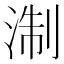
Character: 淛